Lunatic asylums Punjab 1911-1921 - 1911-1921
Year: 1911
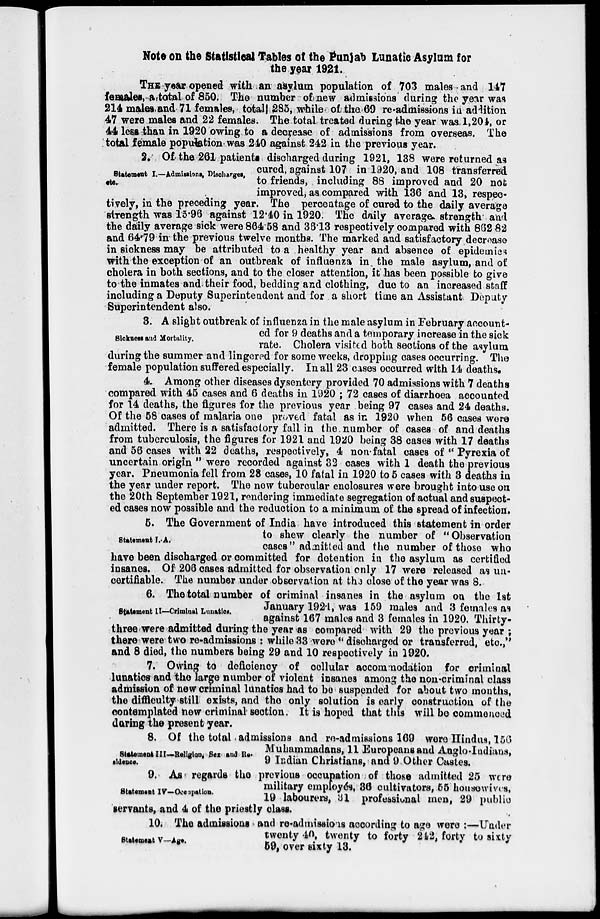
Note on the Statistical Tables of the Punjab Lunatic Asylum for
the year 1921.
THE year opened with an asylum population of 703 males and 147
females, a total of 850. The number of new admissions during the year was
214 males and 71 females, total 285, while of the 69 re-admissions in addition
47 were males and 22 females. The total treated during the year was 1,204, or
44 less than in 1920 owing to a decrease of admissions from overseas. The
total female population was 240 against 242 in the previous year.
Statement I.—Admissions, Discharges,
etc.
2. Of the 261 patients discharged during 1921, 138 were returned as
cured, against 107 in 1920, and 108 transferred
to friends, including 88 improved and 20 not
improved, as compared with 136 and 13, respec-
tively, in the preceding year. The percentage of cured to the daily average
strength was 15.96 against 12.40 in 1920. The daily average strength and
the daily average sick were 864.58 and 36.13 respectively compared with 862.82
and 64.79 in the previous twelve months. The marked and satisfactory decrease
in sickness may be attributed to a healthy year and absence of epidemics
with the exception of an outbreak of influenza in the male asylum, and of
cholera in both sections, and to the closer attention, it has been possible to give
to the inmates and their food, bedding and clothing, due to an increased staff
including a Deputy Superintendent and for a short time an Assistant Deputy
Superintendent also.
Sickness and Mortality.
3. A slight outbreak of influenza in the male asylum in February account-
ed for 9 deaths and a temporary increase in the sick
rate. Cholera visited both sections of the asylum
during the summer and lingered for some weeks, dropping cases occurring. The
female population suffered especially. In all 23 cases occurred with 14 deaths
4. Among other diseases dysentery provided 70 admissions with 7 deaths
compared with 45 cases and 6 deaths in 1920 ; 72 cases of diarrhoea accounted
for 14 deaths, the figures for the previous year being 97 cases and 24 deaths.
Of the 58 cases of malaria one proved fatal as in 1920 when 56 cases were
admitted. There is a satisfactory fall in the number of cases of and deaths
from tuberculosis, the figures for 1921 and 1920 being 38 cases with 17 deaths
and 56 cases with 22 deaths, respectively, 4 non-fatal cases of " Pyrexia of
uncertain origin " were recorded against 32 cases with 1 death the previous
year. Pneumonia fell from 28 cases, 10 fatal in 1920 to 5 cases with 3 deaths in
the year under report. The now tubercular enclosures were brought into use on
the 20th September 1921, rendering immediate segregation of actual and suspect-
ed cases now possible and the reduction to a minimum of the spread of infection.
Statement I. A.
5. The Government of India have introduced this statement in order
to shew clearly the number of "Observation
cases" admitted and the number of those who
have been discharged or committed for detention in the asylum as certified
insanes. Of 206 cases admitted for observation only 17 were released as un-
certifiable. The number under observation at the close of the year was 8.
Statement II—Criminal Lunatics.
6. The total number of criminal insanes in the asylum on the 1st
January 1921, was 159 males and 3 females as
against 167 males and 3 females in 1920. Thirty-
three were admitted during the year as compared with 29 the previous year ;
there were two re-admissions : while 33 were " discharged or transferred, etc.,"
and 8 died, the numbers being 29 and 10 respectively in 1920.
7. Owing to deficiency of cellular accommodation for criminal
lunatics and the large number of violent insanes among the non-criminal class
admission of new criminal lunatics had to be suspended for about two months,
the difficulty still exists, and the only solution is early construction of the
contemplated new criminal section. It is hoped that this will be commenced
during the present year.
Statement III—Religion, Sex and Re-
sldence.
8. Of the total admissions and re-admissions 169 were Hindus, 156
Muhammadans, 11 Europeans and Anglo-Indians,
9 Indian Christians, and 9 Other Castes.
Statement IV—Occupation.
9. As regards the previous occupation of those admitted 25 were
military employés, 36 cultivators, 55 housewives,
19 labourers, 31 professional men, 29 public
servants, and 4 of the priestly class.
Statement V—Age.
10. The admissions and re-admissions according to age were :—Under
twenty 40, twenty to forty 242, forty to sixty
59, over sixty 13.